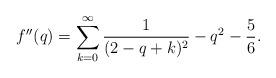
LaTeX: \begin{align*}f''(q) = \sum_{k=0}^\infty \frac{1}{(2-q+k)^2} -q^2 - \frac{5}{6}.\end{align*}